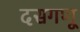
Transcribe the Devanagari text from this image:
दसगणू